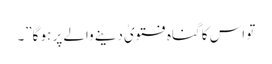
تو اس کا گناہ فتویٰ دینے والے پر ہو گا”۔